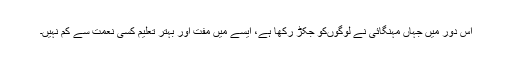
اس دور میں جہاں مہنگائی نے لوگوںکو جکڑ رکھا ہے، ایسے میں مفت اور بہتر تعلیم کسی نعمت سے کم نہیں۔